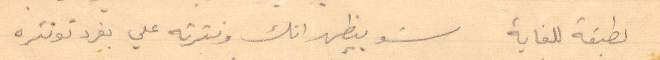
لطبقة للغاية شو بيظهر انك ونثرته على بفرد تونثره